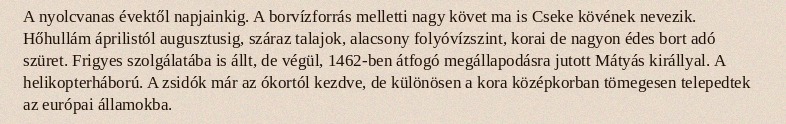
A nyolcvanas évektől napjainkig. A borvízforrás melletti nagy követ ma is Cseke kövének nevezik. Hőhullám áprilistól augusztusig, száraz talajok, alacsony folyóvízszint, korai de nagyon édes bort adó szüret. Frigyes szolgálatába is állt, de végül, 1462-ben átfogó megállapodásra jutott Mátyás királlyal. A helikopterháború. A zsidók már az ókortól kezdve, de különösen a kora középkorban tömegesen telepedtek az európai államokba.